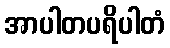
အာပါတပရိပါတံ